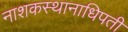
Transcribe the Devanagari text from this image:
नाशकस्थानाधिपती